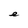
Character: e